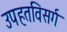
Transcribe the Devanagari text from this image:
उपहतविसर्ग